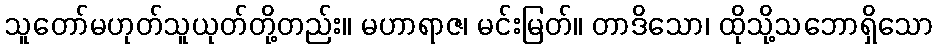
သူတော်မဟုတ်သူယုတ်တို့တည်း။ မဟာရာဇ၊ မင်းမြတ်။ တာဒိသော၊ ထိုသို့သဘောရှိသော